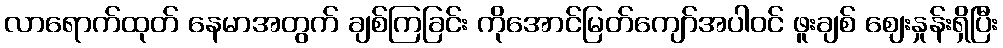
လာရောက်ထုတ် နေမာအတွက် ချစ်ကြခြင်း ကိုအောင်မြတ်ကျော်အပါဝင် ဖူးချစ် ဈေးနှုန်းရှိပြီး